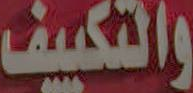
والتكييف